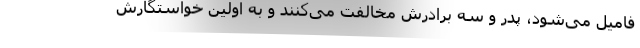
فامیل می‌شود، پدر و سه برادرش مخالفت می‌کنند و به اولین خواستگارش